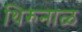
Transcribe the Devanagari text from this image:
थिरुनाळ